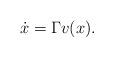
LaTeX: \begin{align*}\dot x = \Gamma v(x).\end{align*}